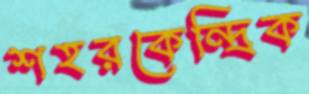
শহরকেন্দ্রিক